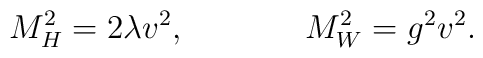
M^2_H= 2\lambda v^2, \hskip 1.5 cm M^2_W=g^2v^2.